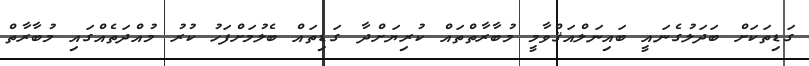
ގަޑިތަކަށް ބަދަލުގެނައީ ބައިނަލްއަޤްވާމީ މުބާރާތްތައް ކުރިޔަށްދާ ގަޑިތައް ބެލުމަށްފަހު ކުރު މުއްދަތެއްގައި މުބާރާތް